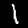
Label: 1